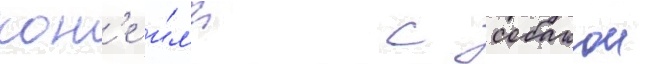
кон'е и́л'и с собакои